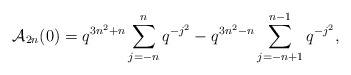
\begin{align*} \mathcal{A}_{2n}(0) = q^{3n^2+n}\sum_{j=-n}^{n}q^{-j^2} - q^{3n^2-n}\sum_{j=-n+1}^{n-1} q^{-j^2},\end{align*}